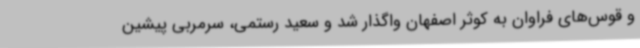
و قوس‌های فراوان به کوثر اصفهان واگذار شد و سعید رستمی، سرمربی پیشین